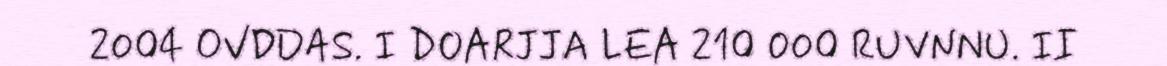
2004 OVDDAS. I DOARJJA LEA 210 000 RUVNNU. II